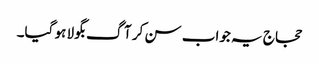
حجاج یہ جواب سن کر آگ بگولا ہو گیا۔